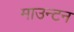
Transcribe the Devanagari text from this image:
माउन्टन